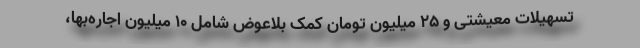
تسهیلات معیشتی و ۲۵ میلیون تومان کمک بلاعوض شامل ۱۰ میلیون اجاره‌بها،